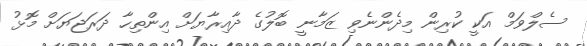
ސެލްވަމް އަކީ ކުރިން މިދެންނެވި ޒަމާނީ ބޮލުގެ ދާއިރާޔަށް އިންތިިިހާ ދަރަޖަޔަށް މޮޅު